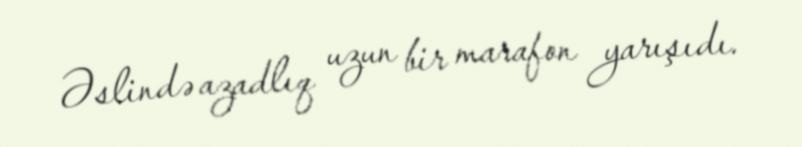
Əslində azadlıq uzun bir marafon yarışıdı.